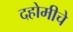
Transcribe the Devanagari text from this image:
दहोमीचे